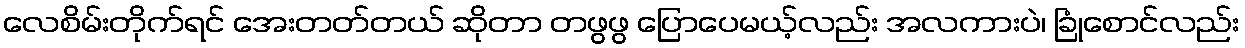
လေစိမ်းတိုက်ရင် အေးတတ်တယ် ဆိုတာ တဖွဖွ ပြောပေမယ့်လည်း အလကားပဲ၊ ခြုံစောင်လည်း